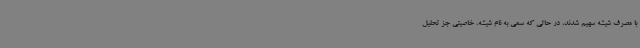
با مصرف شیشه سهیم شدند، در حالی که سمی به نام شیشه، خاصیتی جز تحلیل